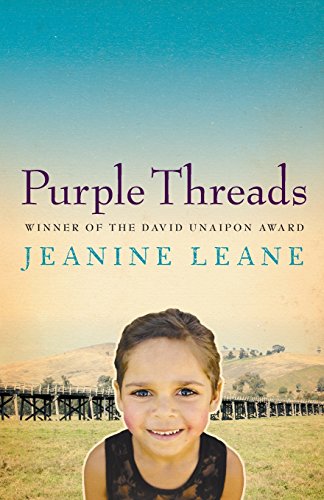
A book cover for Purple Threads; Jeanine Leane; Biographies & Memoirs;